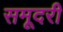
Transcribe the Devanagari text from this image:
समूदरी